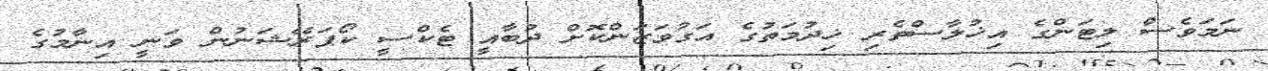
ނަމަވެސް ލިޓަންގެ އިޚުލާސްތެރި ޚިދުމަތުގެ އަގުވަޒަންކޮށް ދުބާއީ ޓެކްސީ ކޯޕަރޭޝަނުން ވަނީ އިނާމުގެ